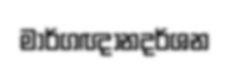
මාර්ගඥානදර්ශන